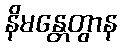
နိမန္တေတွာန